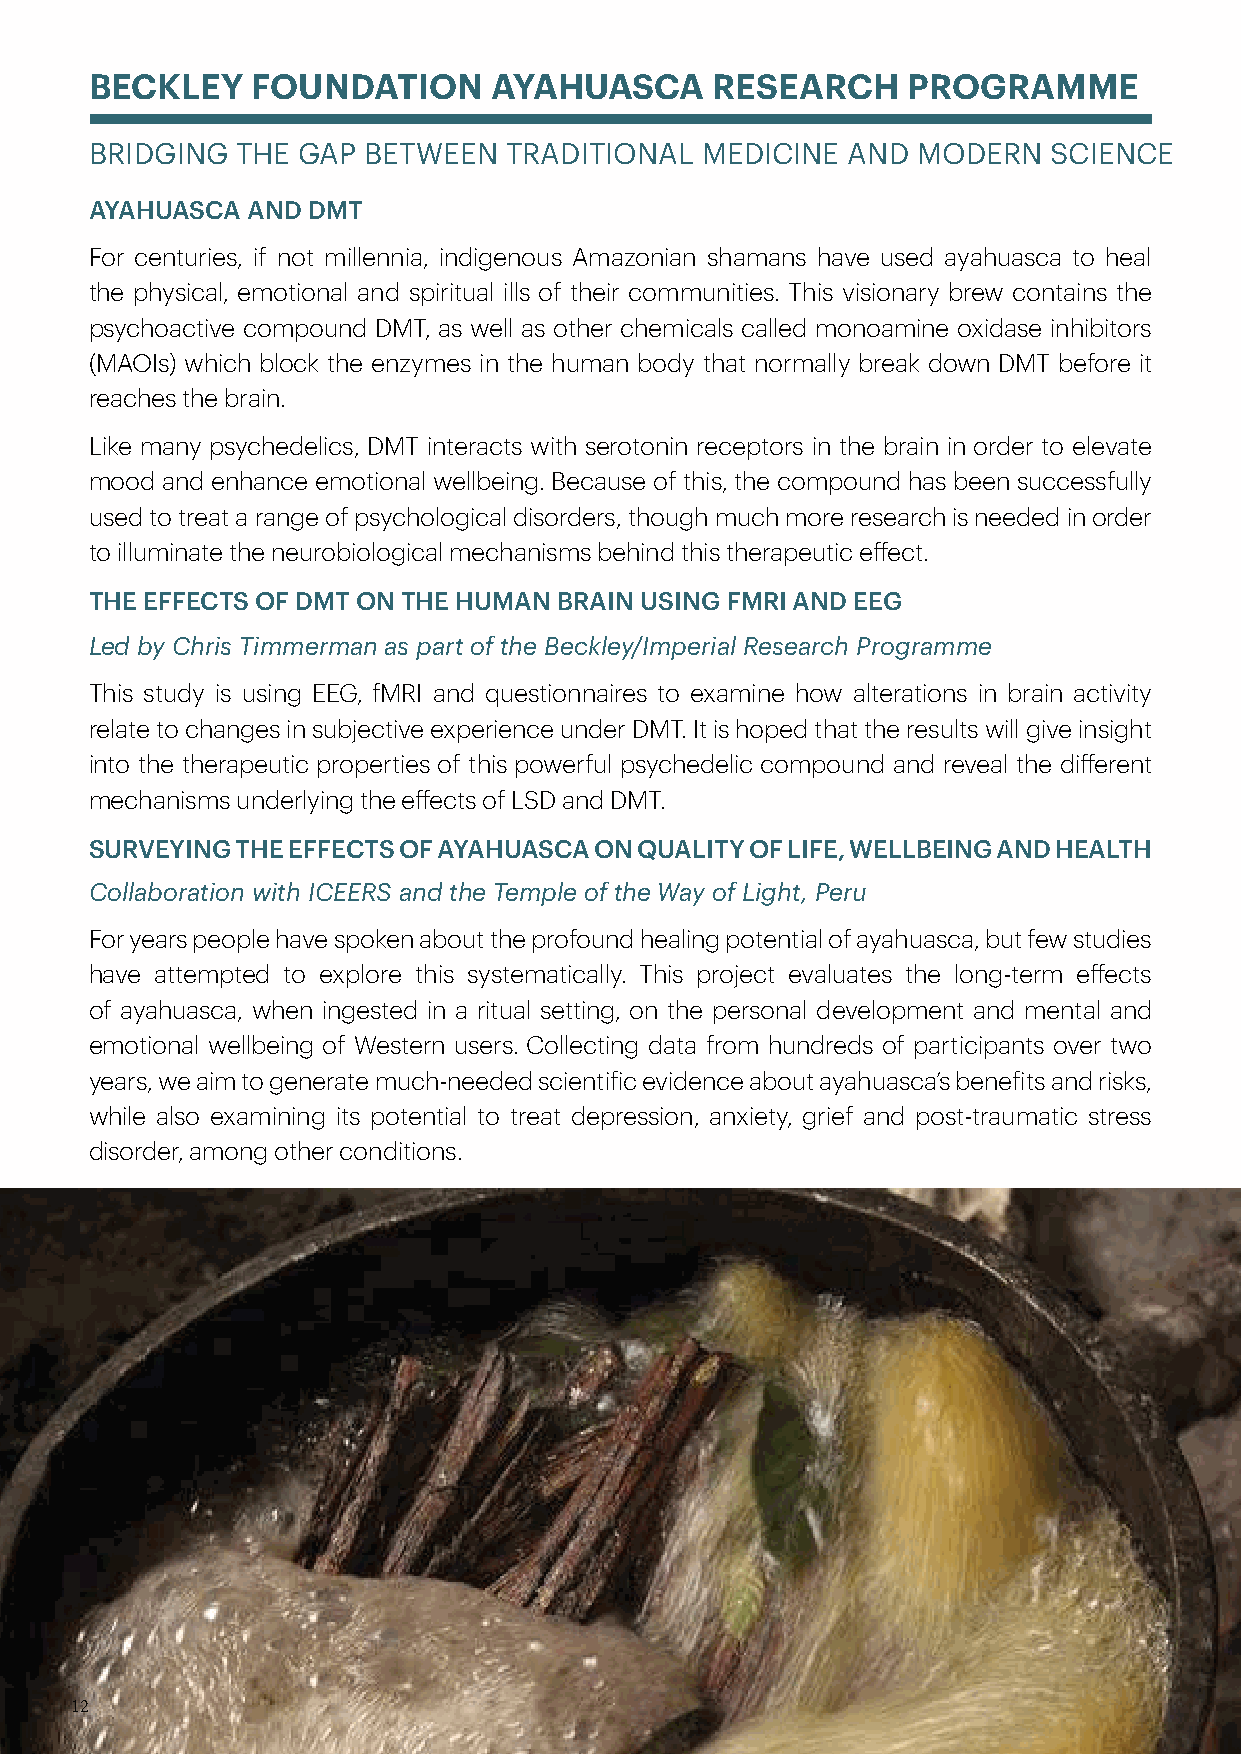
BECKLEY    FOUNDATION     AYAHUASCA      RESEARCH     PROGRAMME
 BRIDGING  THE GAP BETWEEN  TRADITIONAL  MEDICINE  AND  MODERN  SCIENCE
 AYAHUASCA AND DMT
 For centuries, if not millennia, indigenous Amazonian shamans have used ayahuasca to heal
 the physical, emotional and spiritual ills of their communities. This visionary brew contains the
 psychoactive compound DMT, as well as other chemicals called monoamine oxidase inhibitors
 (MAOIs) which block the enzymes in the human body that normally break down DMT before it
 reaches the brain.
 Like many psychedelics, DMT interacts with serotonin receptors in the brain in order to elevate
 mood and enhance emotional wellbeing. Because of this, the compound has been successfully
 used to treat a range of psychological disorders, though much more research is needed in order
 to illuminate the neurobiological mechanisms behind this therapeutic effect.
 THE EFFECTS OF DMT ON THE HUMAN BRAIN USING FMRI AND EEG
 Led by Chris Timmerman as part of the Beckley/Imperial Research Programme
 This study is using EEG, fMRI and questionnaires to examine how alterations in brain activity
 relate to changes in subjective experience under DMT. It is hoped that the results will give insight
 into the therapeutic properties of this powerful psychedelic compound and reveal the different
 mechanisms underlying the effects of LSD and DMT.
 SURVEYING THE EFFECTS OF AYAHUASCA ON QUALITY OF LIFE, WELLBEING AND HEALTH
 Collaboration with ICEERS and the Temple of the Way of Light, Peru
 For years people have spoken about the profound healing potential of ayahuasca, but few studies
 have attempted to explore this systematically. This project evaluates the long-term effects
 of ayahuasca, when ingested in a ritual setting, on the personal development and mental and
 emotional wellbeing of Western users. Collecting data from hundreds of participants over two
 years, we aim to generate much-needed scientific evidence about ayahuasca’s benefits and risks,
 while also examining its potential to treat depression, anxiety, grief and post-traumatic stress
 disorder, among other conditions.
 12